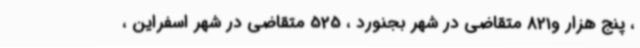
، پنج هزار و821 متقاضی در شهر بجنورد ، 525 متقاضی در شهر اسفراین ،